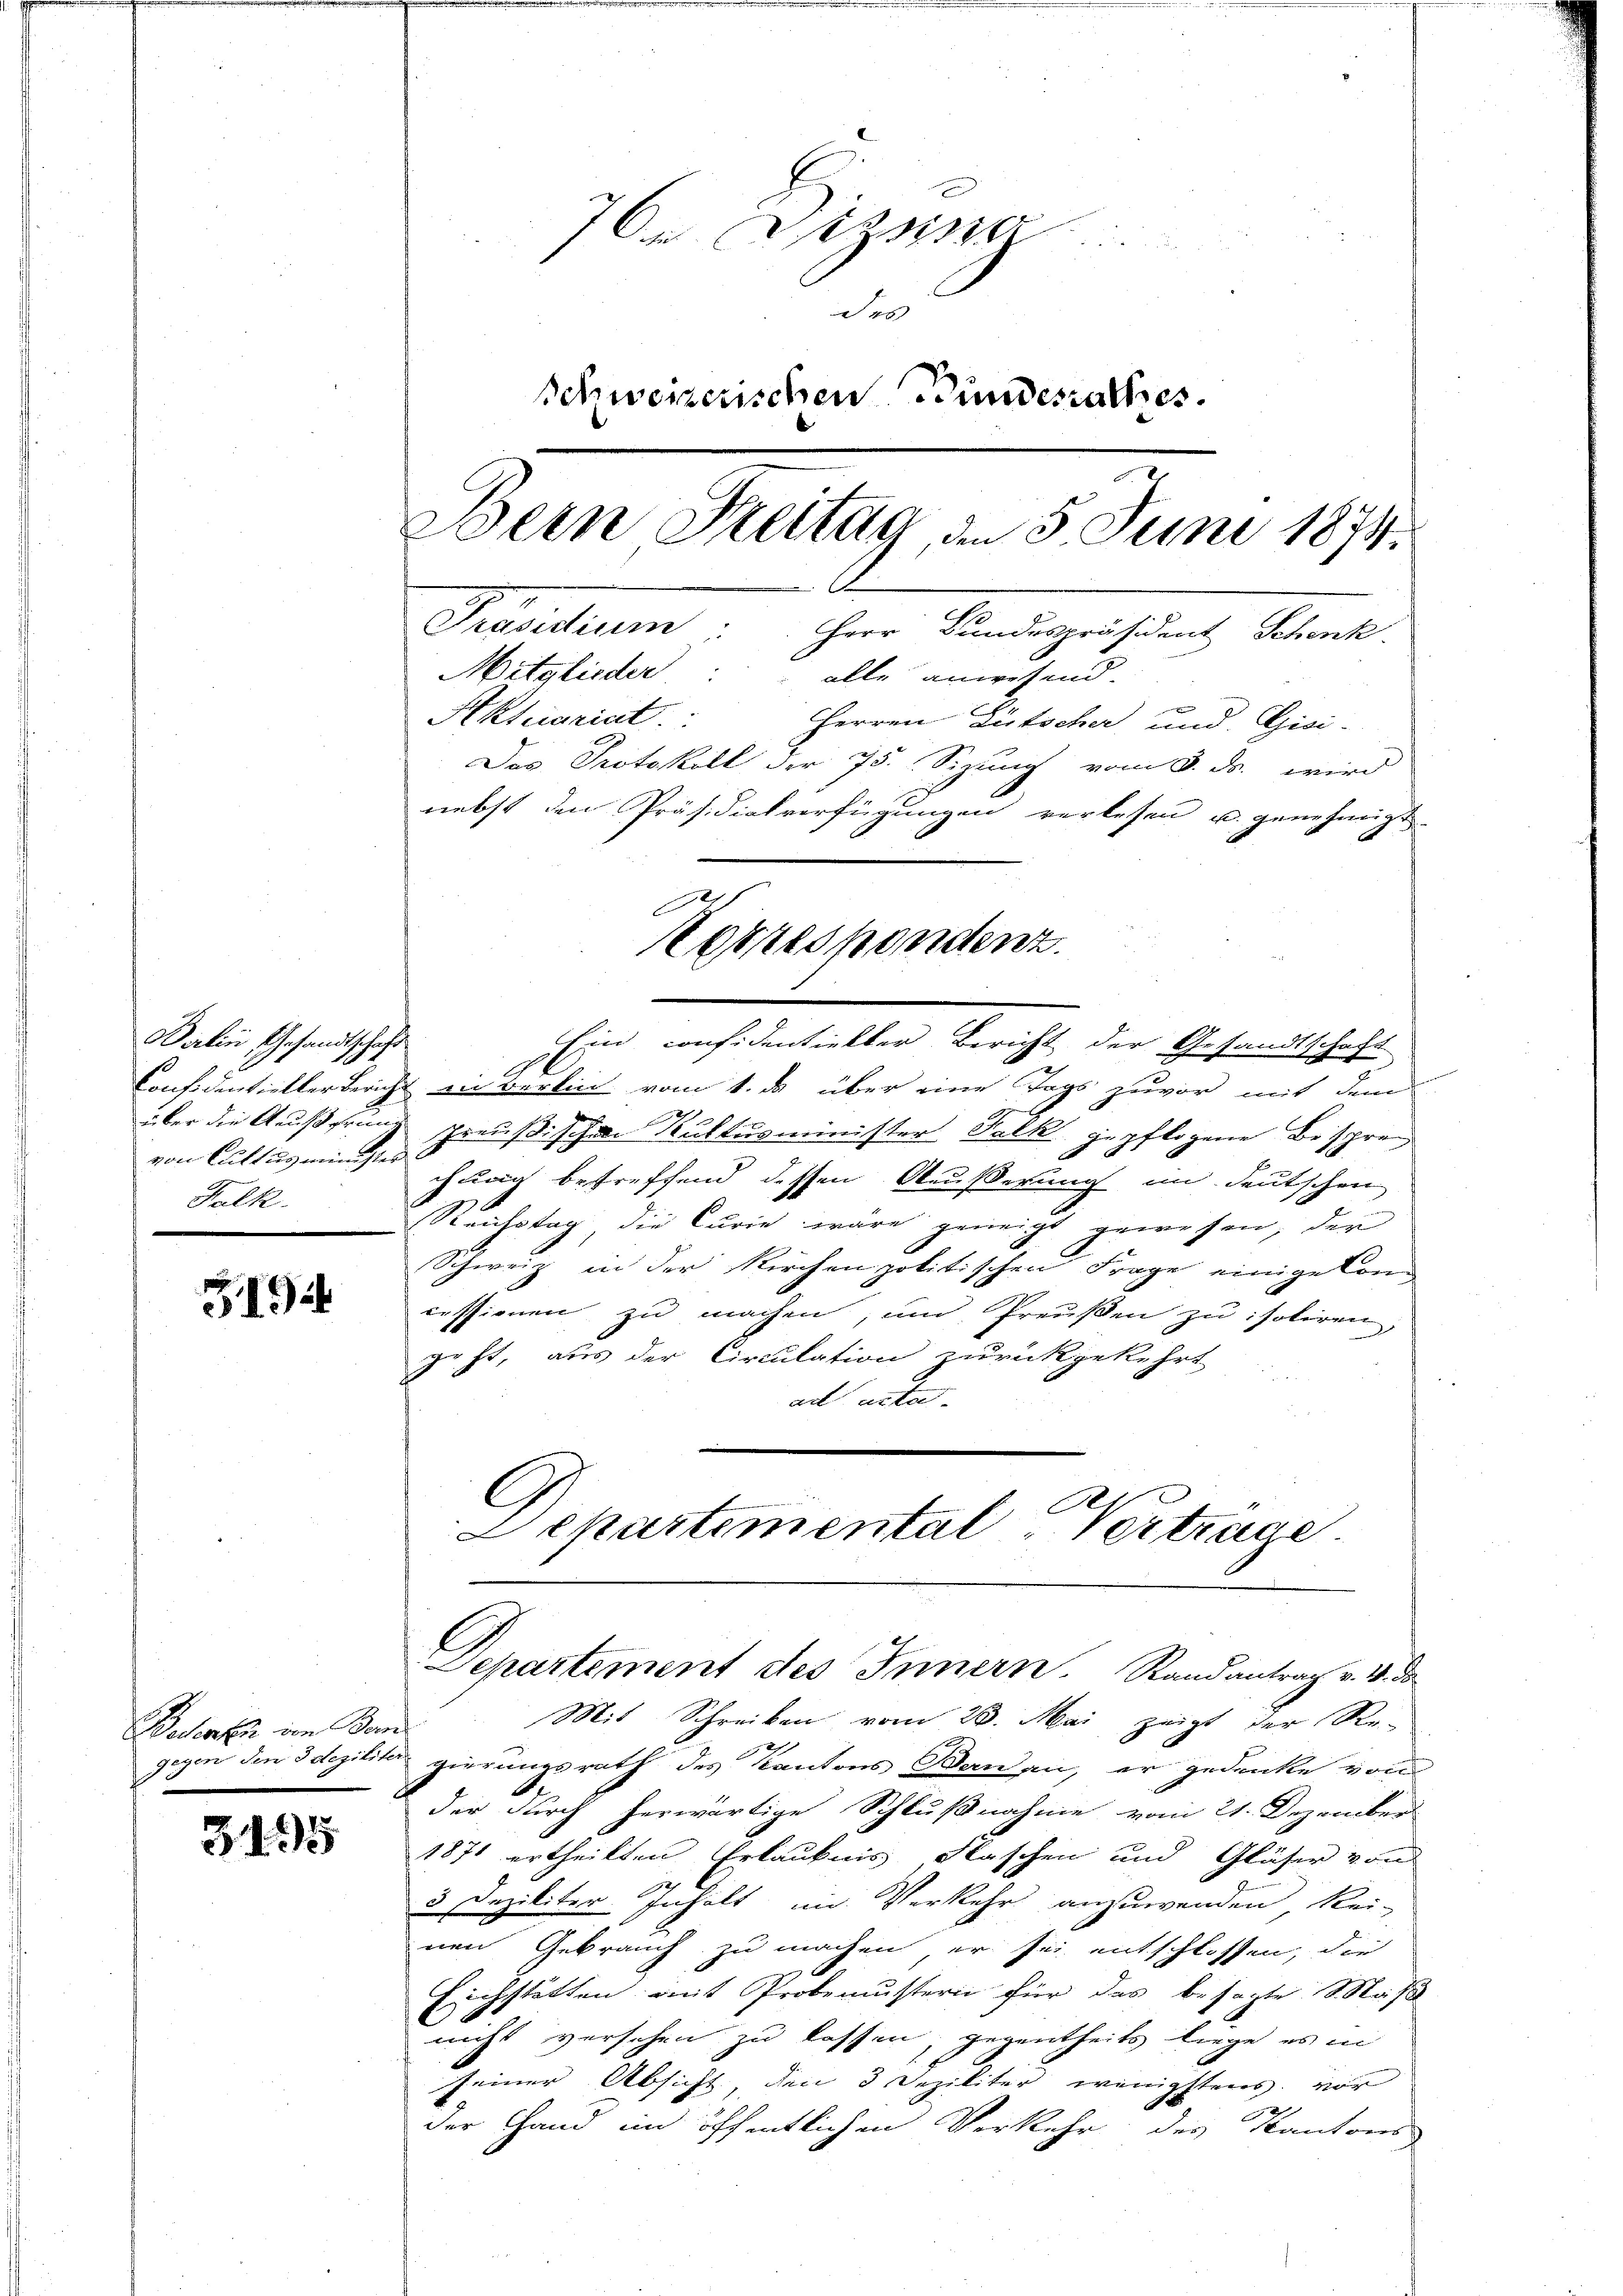
Barlin Gesandtschaft
von Cultug minister
Falk.

3194

Bechensche von dem

3195

7 Dezsise
des
Schweizerischen Bundesrathes.
Bern Freitag den 5 Juni 1874.
A
Präsidium. Herr Bundespräsident Schenk
Mitglieder: alle anwesend.
Aktuariat.
Herren Lütscher und Gisi-
Das Protokoll der 75. Sizung vom 3. ds. wird
nebst den Präsidialverfügungen verlesen u. genehmigt.

Ein considentieller Bericht der Gesandtschaft
Confidentieller Bericht in verlin vom 1. ds über eine Tags zuvor mit dem
über die Aeußerung preußischen Kultusminister Falk, gepflogene Beschrech
chung betreffend dessen Aeußerung im deutschen
Reichstag die Curie wäre geneigt gewesen, der
Schweiz in der Kirchenpolitischen Frage einige Concessionen zu machen, um Preŭβen zu soliren,
geht, aus der Circulation zurückgekehrt
d
ad acta
l
Al
Departemental Vertrage.
Departement des Innern. Randantrag v. 4. da
Mit Schreiben vom 28. Mai zeigt der Re-
gegen den Idegiliter gierungsrath des Kantons Banan, er gedanke vom
der durch herwärtige Schlußnahme vom 21. Dezember
1871 ertheilten Erlaubnis Flaschen und Gläser von
3 Deziliter Inhalt im Verkehr anzuwenden, kei-
nen Gebrauch zu machen, er sei entschlossen, die
Eichstätten mit Probemustern für das besagte Maß
nicht versehen zu lassen, gegentheils liege es in
seiner Absicht den 3 Deziliter wenigstens vor
der Hand im öffentlichen Verkehr des Kantons

1
Korrespondenz.